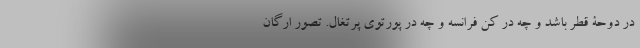
در دوحۀ قطر باشد و چه در کن فرانسه و چه در پورتوی پرتغال. تصور ارگان